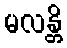
မလန္တိ